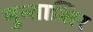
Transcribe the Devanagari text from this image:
मुन्ताशिर